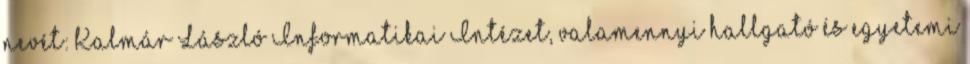
nevét: Kalmár László Informatikai Intézet, valamennyi hallgató és egyetemi